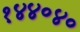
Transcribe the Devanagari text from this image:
१४४०४०